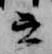
云